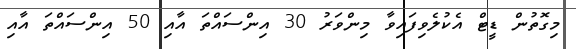
މިގޮތުން ޑީޓް އެކުލެވިފައިވާ މިންވަރު 30 އިންސައްތަ އާއި 50 އިންސައްތަ އާއި